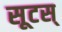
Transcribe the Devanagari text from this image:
सूटस्